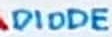
Text: DIODE